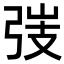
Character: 𢏫